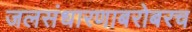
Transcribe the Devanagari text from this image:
जलसंधारणाबरोबरच